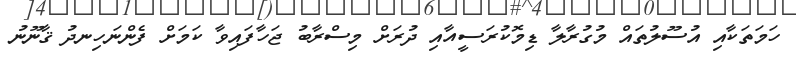
ހަމަތަކާއި އުސޫލުތައް މުގުރާލާ ޑިމޮކުރަސީއާއި ދުރަށް މިސްރާބު ޖަހާފައިވާ ކަމަށް ފެންނަހިނދު ޤާނޫނު